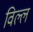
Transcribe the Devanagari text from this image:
विल्ल